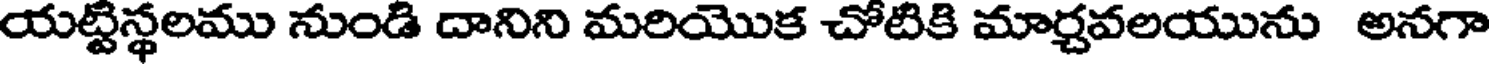
యట్టిస్థలము నుండి దానిని మరియొక చోటికి మార్చవలయును అనగా